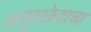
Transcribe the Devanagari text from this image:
अनुच्छेदाचा